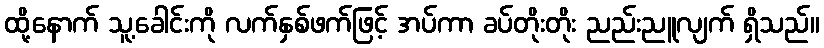
ထို့နောက် သူ့ခေါင်းကို လက်နှစ်ဖက်ဖြင့် အပ်ကာ ခပ်တိုးတိုး ညည်းညူလျက် ရှိသည်။